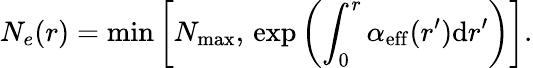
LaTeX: N_{e}(r)=\operatorname*{min}\left[N_{\mathrm{max}},\, \exp\left(\int_{0}^{r}\alpha_{\mathrm{eff}}(r^{\prime})\mathrm{d}r^{\prime}\right)\right].